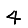
Digit: 4